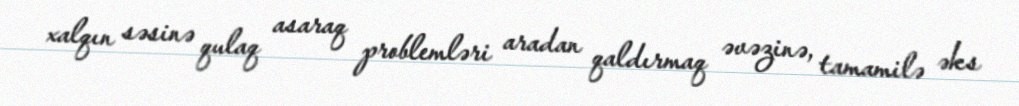
xalqın səsinə qulaq asaraq problemləri aradan qaldırmaq əvəzinə, tamamilə əks